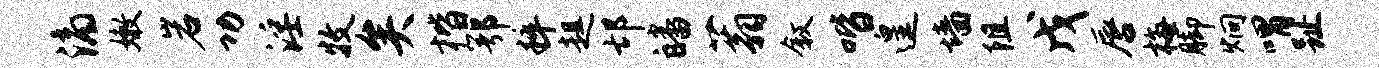
滴嫩岩功淫牧矣楷鄂粹趄邙皤蓊叙喈遑墙阻戊唇梅脚炯喟趾